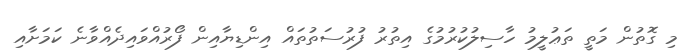
މި ގޮތުން މަތީ ތަޢުލީމު ހާސިލުކުރުމުގެ އިތުރު ފުރުސަތުތައް އިންޑިޔާއިން ފޯރުއްވައިދެއްވާނެ ކަމަށާއި